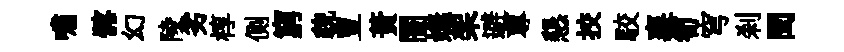
嘯髂幻陵劣椁側窮貌豊蕡闠嫵架避蓴懇挍駮襄筍穹刹閏